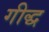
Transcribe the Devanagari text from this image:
गीद्ध